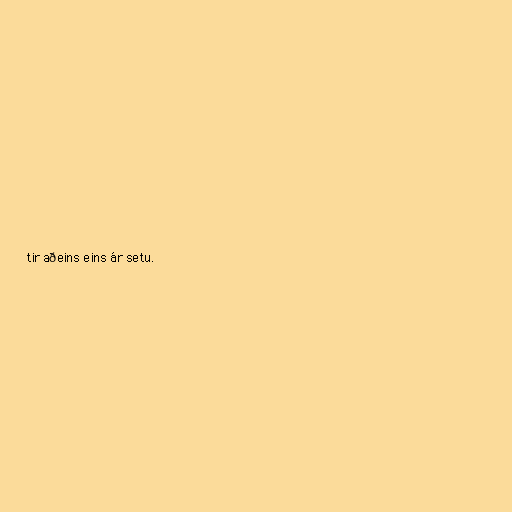
tir aðeins eins ár setu.